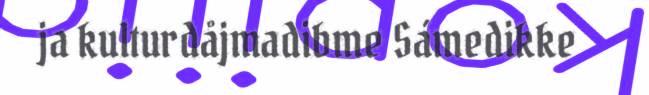
ja kulturdåjmadibme Sámedikke